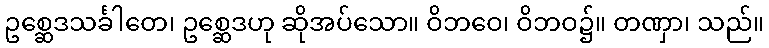
ဥစ္ဆေဒသင်္ခါတေ၊ ဥစ္ဆေဒဟု ဆိုအပ်သော။ ဝိဘဝေ၊ ဝိဘဝ၌။ တဏှာ၊ သည်။